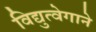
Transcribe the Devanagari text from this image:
विद्युत्‍वेगाने